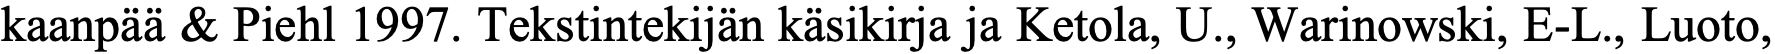
kaanpää & Piehl 1997. Tekstintekijän käsikirja ja Ketola, U., Warinowski, E-L., Luoto,